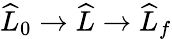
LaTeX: \widehat{L}_{0}\to\widehat{L}\to\widehat{L}_{f}